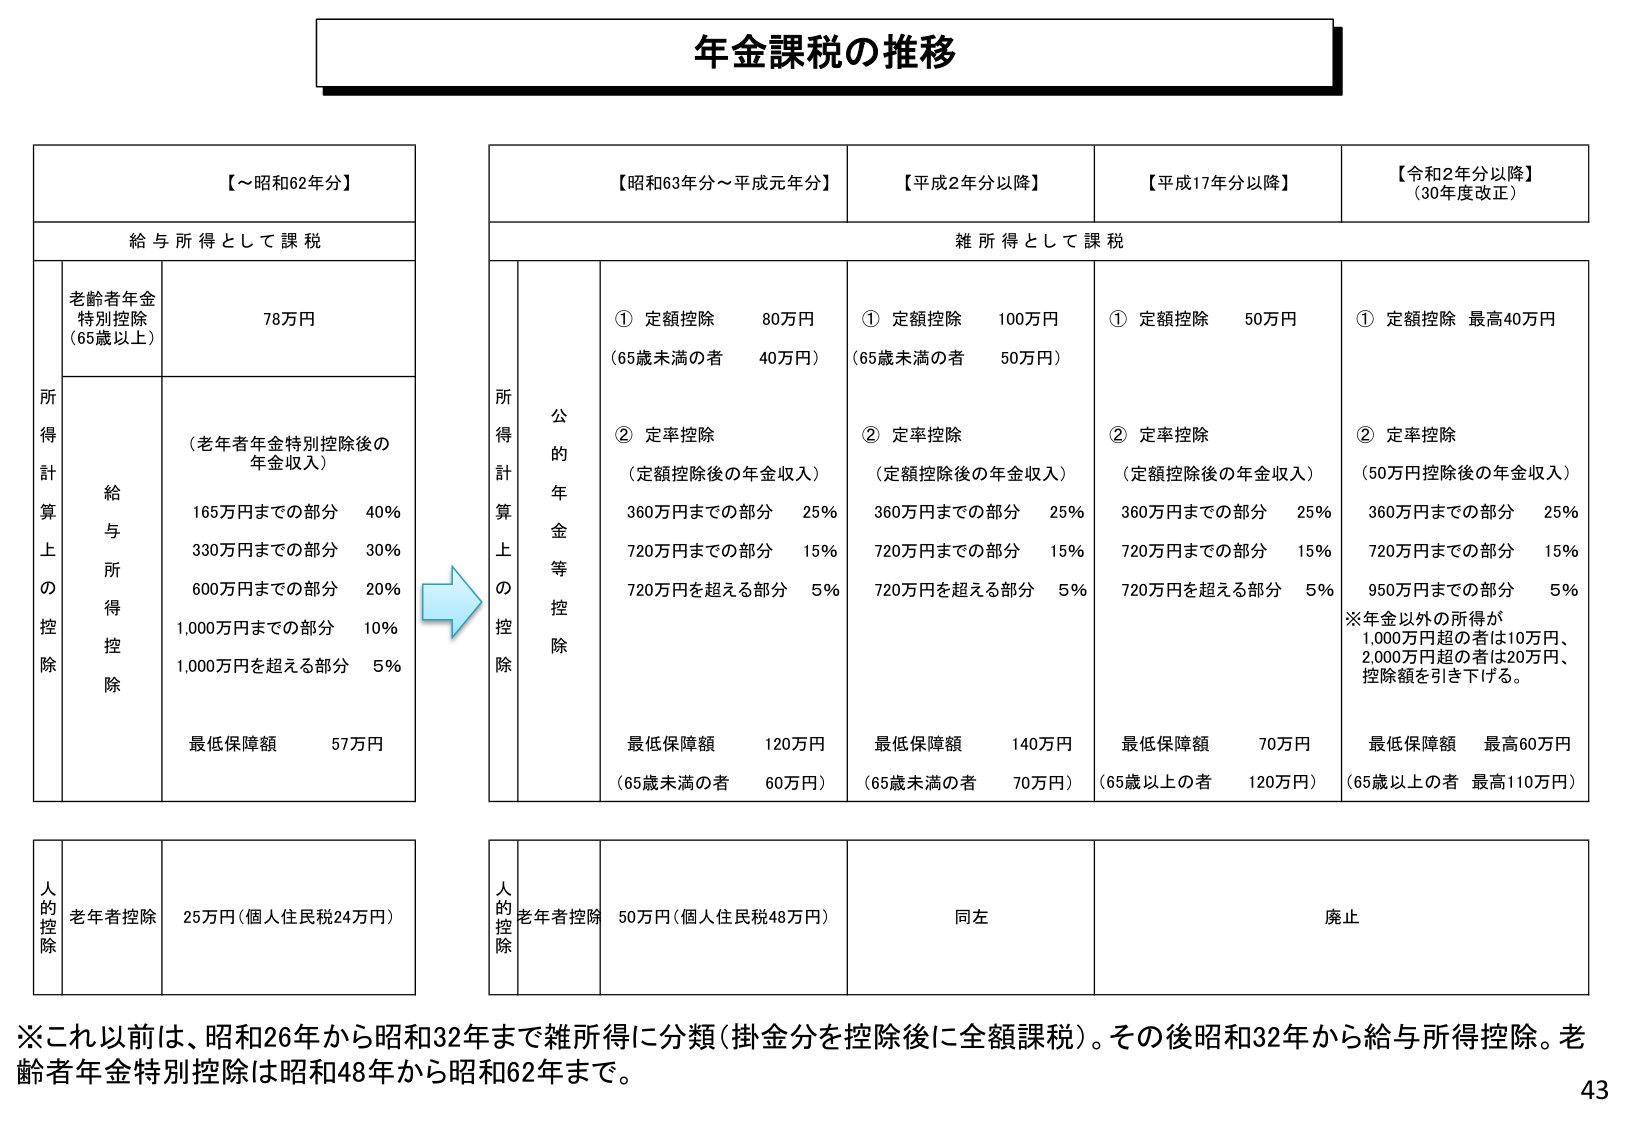
年金課税の推移

【～昭和62年分】
給与所得として課税

所得計算上の控除
老齢者年金特別控除（65歳以上） 78万円
（老齢者年金特別控除後の年金収入）
165万円までの部分 40%
330万円までの部分 30%
600万円までの部分 20%
1,000万円までの部分 10%
1,000万円を超える部分 5%
最低保障額 57万円

人的控除
老齢者控除 25万円（個人住民税24万円）

【昭和63年分～平成元年分】
雑所得として課税

所得計算上の控除
公的年金等控除
① 定額控除 80万円
（65歳未満の者 40万円）
② 定率控除
（定額控除後の年金収入）
360万円までの部分 25%
720万円までの部分 15%
720万円を超える部分 5%
最低保障額 120万円
（65歳未満の者 60万円）

人的控除
老齢者控除 50万円（個人住民税48万円）

【平成2年分以降】
雑所得として課税

所得計算上の控除
公的年金等控除
① 定額控除 100万円
（65歳未満の者 50万円）
② 定率控除
（定額控除後の年金収入）
360万円までの部分 25%
720万円までの部分 15%
720万円を超える部分 5%
最低保障額 140万円
（65歳未満の者 70万円）

人的控除
同左

【平成17年分以降】
雑所得として課税

所得計算上の控除
公的年金等控除
① 定額控除 50万円
② 定率控除
（定額控除後の年金収入）
360万円までの部分 25%
720万円までの部分 15%
720万円を超える部分 5%
最低保障額 70万円
（65歳以上の者 120万円）

人的控除
同左

【令和2年分以降】（30年度改正）
雑所得として課税

所得計算上の控除
公的年金等控除
① 定額控除 最高40万円
② 定率控除
（50万円控除後の年金収入）
360万円までの部分 25%
720万円までの部分 15%
950万円までの部分 5%
※年金以外の所得が1,000万円超の者は10万円、2,000万円超の者は20万円、控除額を引き下げる。
最低保障額 最高60万円
（65歳以上の者 最高110万円）

人的控除
廃止

※これ以前は、昭和26年から昭和32年まで雑所得に分類（掛金分を控除後に全額課税）。その後昭和32年から給与所得控除。老齢者年金特別控除は昭和48年から昭和62年まで。

43